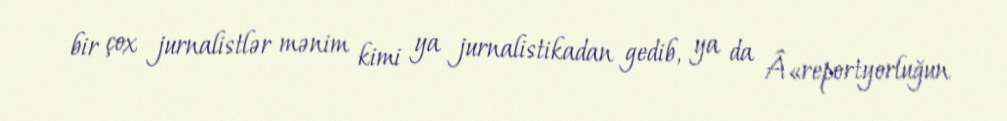
bir çox jurnalistlər mənim kimi ya jurnalistikadan gedib, ya da Â«reportyorluğun